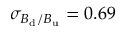
\sigma _ { B _ { \mathrm { d } } / B _ { \mathrm { u } } } = 0 . 6 9